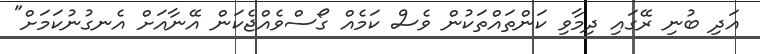
އަދި ބުނި ރޭގައި ދިމާވި ކަންތައްތަކުން ވެސް ކަމެއް ގޯސްވެއްޖެކަން އޭނާއަށް އެނގުނުކަމަށް"